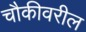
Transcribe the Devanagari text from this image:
चौकीवरील